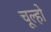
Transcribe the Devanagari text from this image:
चूल्हो